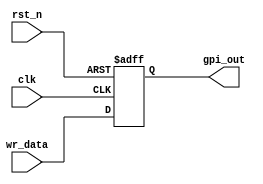
`timescale 1ns / 1ps
//////////////////////////////////////////////////////////////////////////////////
// Company: 
// Engineer: 
// 
// Design Name: 
// Module Name:    gpi 
// Project Name: 
// Target Devices: 
// Tool versions: 
// Description: 
//
// Dependencies: 
//
// Revision: 
// Revision 0.01 - File Created
// Additional Comments: 
//
//////////////////////////////////////////////////////////////////////////////////
module gpi (
    input wire clk,
    input wire rst_n,
    input wire [7:0] wr_data,
    output reg [7:0] gpi_out
);

    always @(posedge clk or negedge rst_n) begin
        if (!rst_n) begin
	        gpi_out <= 8'b00000000;
        end else begin
	        gpi_out <= wr_data;
        end
    end

endmodule